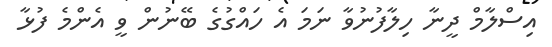
އިސްލާމް ދީނާ ހިލާފުނުވާ ނަމަ އެ ހައްގުގެ ބޭނުން ވީ އެންމެ ފުޅާ